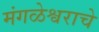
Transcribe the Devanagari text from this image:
मंगळेश्वराचे